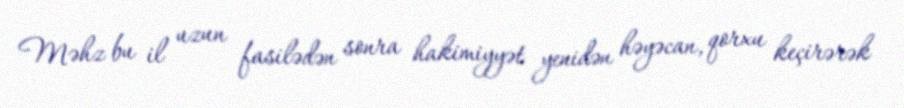
Məhz bu il uzun fasilədən sonra hakimiyyət yenidən həyəcan, qorxu keçirərək